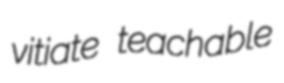
vitiate teachable